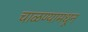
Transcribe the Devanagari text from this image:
चाळण्यामधून